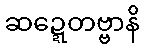
ဆဍ္ဍေတဗ္ဗာနိ